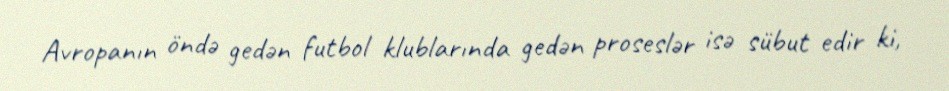
Avropanın öndə gedən futbol klublarında gedən proseslər isə sübut edir ki,